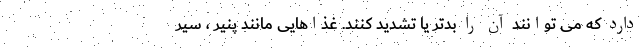
دارد که می توانند آن را بدتر یا تشدید کنند. غذاهایی مانند پنیر ، سیر